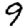
Digit: 9